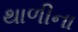
થાળીના